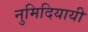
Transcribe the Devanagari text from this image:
नुमिदियायी